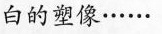
白的塑像……